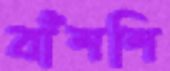
বাঁশশি